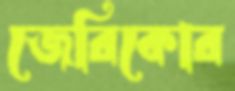
জেরিকোর